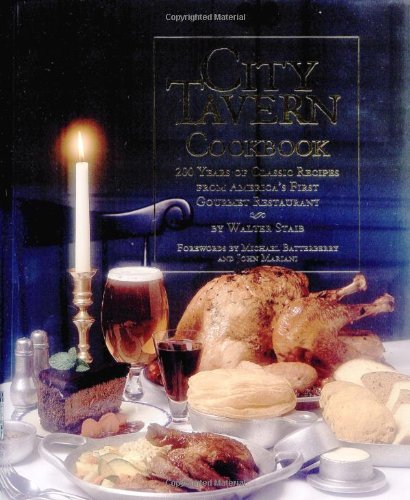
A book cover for City Tavern Cookbook: Two Hundred Years Of Classic Recipes From America's First Gourmet Restaurant; Walter Staib; Cookbooks, Food & Wine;